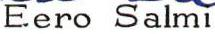
Eero Salmi